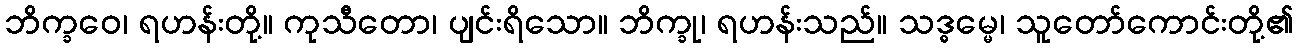
ဘိက္ခဝေ၊ ရဟန်းတို့။ ကုသီတော၊ ပျင်းရိသော။ ဘိက္ခု၊ ရဟန်းသည်။ သဒ္ဓမ္မေ၊ သူတော်ကောင်းတို့၏